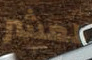
لعشر